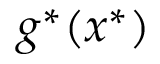
g ^ { * } ( x ^ { * } )